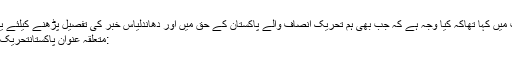
علی محمد نے ٹویٹ میں کہا تھاکہ کیا وجہ ہے کہ جب بھی ہم تحریک انصاف والے پاکستان کے حق میں اور دھاندلیاس خبر کی تفصیل پڑھنے کیلئے یہاں پر کلک کیجئے
:متعلقہ عنوان پاکستانتحریک انصافنریندرا مودی